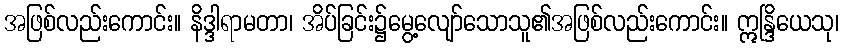
အဖြစ်လည်းကောင်း။ နိဒ္ဒါရာမတာ၊ အိပ်ခြင်း၌မွေ့လျော်သောသူ၏အဖြစ်လည်းကောင်း။ ဣန္ဒြိယေသု၊